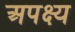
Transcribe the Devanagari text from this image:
अपक्ष्य